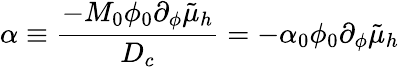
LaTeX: \alpha\equiv\frac{-M_{0}\phi_{0}\partial_{\phi}\tilde{\mu}_{h}}{D_{c}}=-\alpha_{0}\phi_{0}\partial_{\phi}\tilde{\mu}_{h}